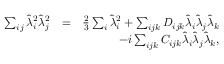
\begin{array} { r l r } { \sum _ { i j } \hat { \lambda } _ { i } ^ { 2 } \hat { \lambda } _ { j } ^ { 2 } } & { = } & { \frac { 2 } { 3 } \sum _ { i } \hat { \lambda } _ { i } ^ { 2 } + \sum _ { i j k } D _ { i j k } \hat { \lambda } _ { i } \hat { \lambda } _ { j } \hat { \lambda } _ { k } } \\ & { } & { - i \sum _ { i j k } C _ { i j k } \hat { \lambda } _ { i } \hat { \lambda } _ { j } \hat { \lambda } _ { k } , } \end{array}